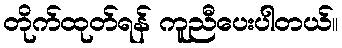
တိုက်ထုတ်ရန် ကူညီပေးပါတယ်။